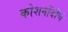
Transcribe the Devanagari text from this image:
कोशनोंदींचे